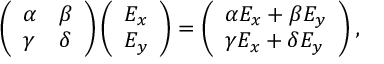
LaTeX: \left( \begin{array} { l l } { { \alpha } } & { { \beta } } \\ { { \gamma } } & { { \delta } } \end{array} \right) \left( \begin{array} { l } { { E _ { x } } } \\ { { E _ { y } } } \end{array} \right) = \left( \begin{array} { l } { { \alpha E _ { x } + \beta E _ { y } } } \\ { { \gamma E _ { x } + \delta E _ { y } } } \end{array} \right) ,